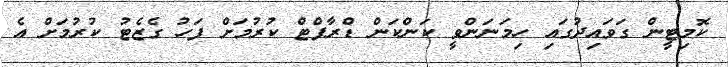
ކޮމިޓީން ގަވައިދުގައި ހިމަނަންވީ ކަންކަން ޑްރާފްޓް ކުރުމަށް ފަހު ގެޒެޓު ކުރުމަށް އެ